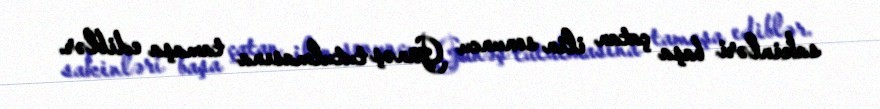
sakinləri başa çatan ilin sonuncu Günəş tutulmasına tamaşa ediblər.